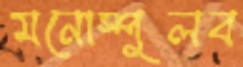
মনোস্পুলব